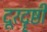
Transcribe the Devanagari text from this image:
दूरदॄष्टी